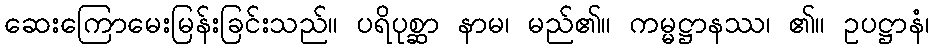
ဆေးကြောမေးမြန်းခြင်းသည်။ ပရိပုစ္ဆာ နာမ၊ မည်၏။ ကမ္မဋ္ဌာနဿ၊ ၏။ ဥပဋ္ဌာနံ၊